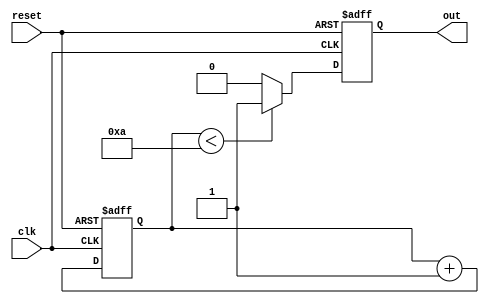
module while_loop_example (
    input wire clk,
    input wire reset,
    output reg out
);

reg [3:0] count;

always @(posedge clk or posedge reset) begin
    if (reset) begin
        count <= 0;
        out <= 0;
    end else begin
        count <= count + 1;
        if (count < 10) begin
            out <= 1;
        end else begin
            out <= 0;
        end
    end
end

endmodule